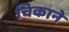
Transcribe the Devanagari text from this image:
चिकाने